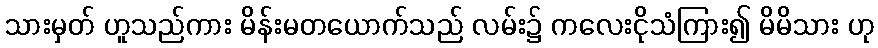
သားမှတ် ဟူသည်ကား မိန်းမတယောက်သည် လမ်း၌ ကလေးငိုသံကြား၍ မိမိသား ဟု